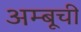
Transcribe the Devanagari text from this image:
अम्बूची